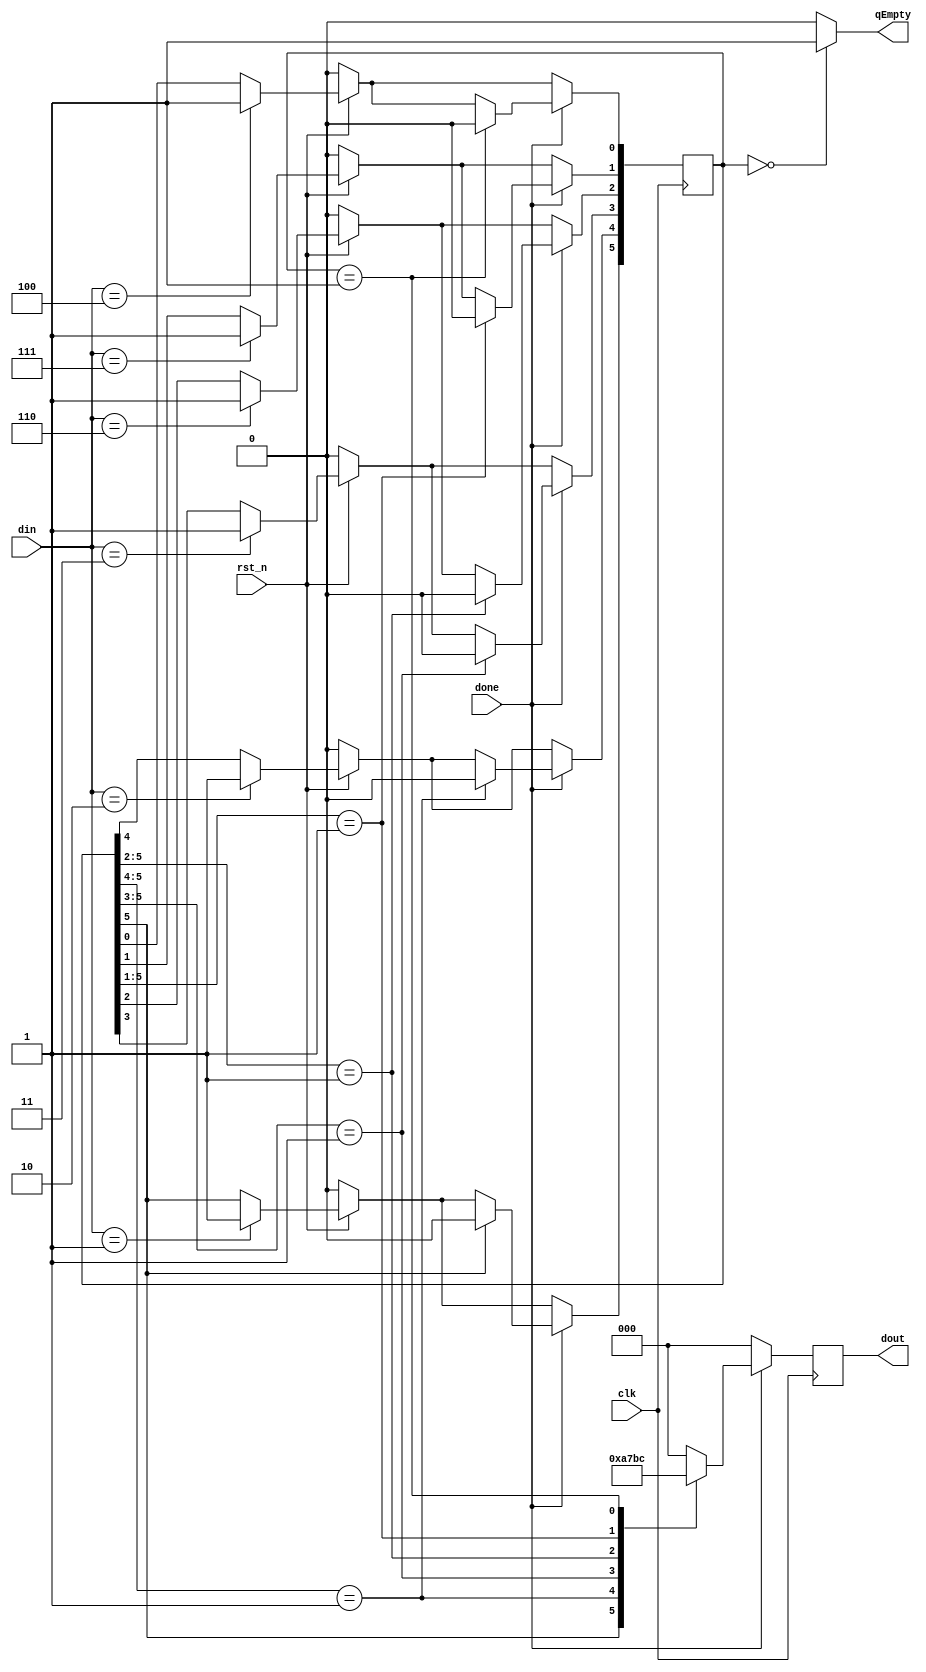
module Buf (
    input clk, rst_n, done,
    input [2:0] din,
    output qEmpty,
    output [2:0] dout    
);
    // define buf as register
    // buf[5] : is1U
    // buf[4] : is2U
    // buf[3] : is3U
    // buf[2] : is2D
    // buf[1] : is3D
    // buf[0] : is4D
    reg [5:0] buffer;
    reg [2:0] in, out;

    // input-3bit
    // [2]-UP:0, DOWN:1
    parameter [2:0] _1U = 3'b001, _2U = 3'b010, _3U = 3'b011,
                    _2D = 3'b110, _3D = 3'b111, _4D = 3'b100,
                    _NONE = 3'b000;  
    
    // assign one same reg type in two different always block is illegal for systhesis
    always @(posedge clk ) begin
        if (!rst_n) begin
            buffer <= 6'b000000;
        end else begin
            case (din)
                _1U: buffer[5] <= 1;
                _2U: buffer[4] <= 1;
                _3U: buffer[3] <= 1;
                _2D: buffer[2] <= 1;
                _3D: buffer[1] <= 1;
                _4D: buffer[0] <= 1;

                default:  buffer <= buffer;
            endcase 
        end

        
        // done == 1 means FSM is ready to process the next input
        if (done) begin
            casex (buffer) 
                6'b1?????: begin
                    out = _1U;
                    buffer[5] <= 0;
                end
                6'b01????: begin
                    out = _2U;
                    buffer[4] <= 0;
                end
                6'b001???: begin
                    out = _3U;
                    buffer[3] <= 0;
                end
                6'b0001??: begin
                    out = _2D;
                    buffer[2] <= 0;
                end
                6'b00001?: begin
                    out = _3D;
                    buffer[1] <= 0;
                end
                6'b000001: begin
                    out = _4D;
                    buffer[0] <= 0;
                end

                default: out = _NONE;
            endcase
        end else begin
            out = _NONE;
        end   
    end
     
    assign dout = out;
    assign qEmpty = (buffer == 6'b000000)? 1 : 0;

endmodule